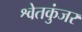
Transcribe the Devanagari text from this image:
श्वेतकुंजर